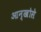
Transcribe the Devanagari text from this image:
आन्खोसे